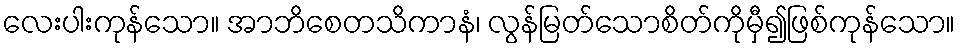
လေးပါးကုန်သော။ အာဘိစေတသိကာနံ၊ လွန်မြတ်သောစိတ်ကိုမှီ၍ဖြစ်ကုန်သော။